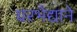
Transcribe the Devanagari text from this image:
घरभेद्याने